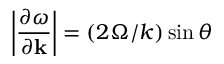
\left| \frac { \partial \omega } { \partial \mathbf { k } } \right| = ( 2 \Omega / k ) \sin \theta